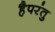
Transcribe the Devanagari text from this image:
हैपरंतु